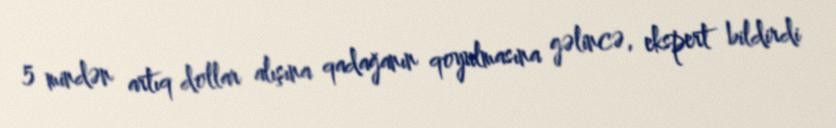
5 mindən artıq dollar alışına qadağanın qoyulmasına gəlincə, ekspert bildirdi